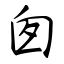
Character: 囱